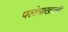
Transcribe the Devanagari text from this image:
पलंगाखाली